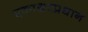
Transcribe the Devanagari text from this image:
एकाक्षरप्रधान